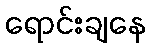
ရောင်းချနေ